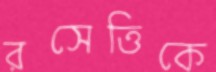
রসেত্তিকে